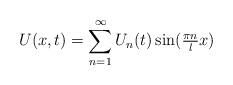
LaTeX: \begin{align*} U(x, t) = \sum_{n = 1}^{\infty} U_{n}(t) \sin(\tfrac{\pi n}{l} x) \end{align*}